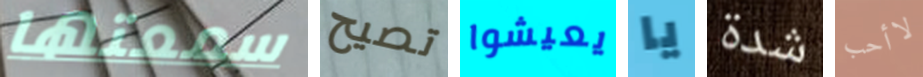
سمعتها تصيح يعيشوا يا شدة لاأحب